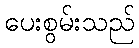
ပေးစွမ်းသည်